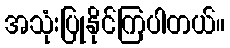
အသုံးပြုနိုင်ကြပါတယ်။